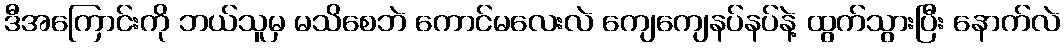
ဒီအကြောင်းကို ဘယ်သူမှ မသိစေဘဲ ကောင်မလေးလဲ ကျေကျေနပ်နပ်နဲ့ ထွက်သွားပြီး နောက်လဲ